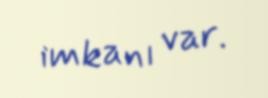
imkanı var.